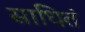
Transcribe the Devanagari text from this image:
साधितं